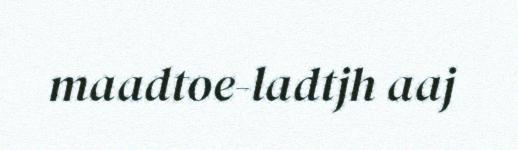
maadtoe-ladtjh aaj